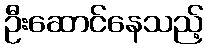
ဦးဆောင်နေသည့်